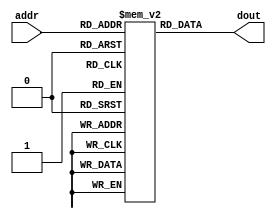

// instruction memory
module im(input  [8:2]  addr,
            output [31:0] dout );

  reg  [31:0] RAM[128:0];


  assign dout = RAM[addr]; // word aligned
endmodule